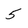
Character: 5